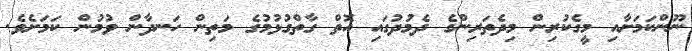
ނޫންކަމަށާއި މީގެކުރިން މިދެތަރިންގެ ދެމުދުގައި އޮތް ގާތްގުޅުމުގެ މަތިން ހަނދާން ވުމުން ކަމަށެވެ.